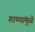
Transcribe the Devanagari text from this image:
गाण्यांमुळे